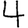
Digit: 4